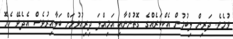
ވުމެވެ. ދަރިން ލިބުމުން އެކްޓަރެއްގެ ގޮތުންނާއި އަމިއްލަ ދިރިއުޅުމަށް ބަލާއިރުވެސް އެދެވޭ ހެޔޮ